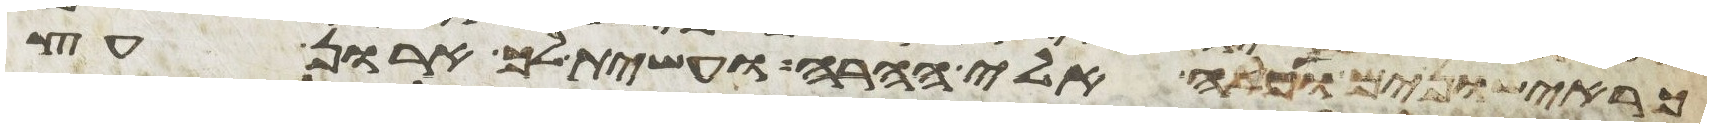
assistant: כראישונים ועלה אלי ההרה ועשית לך ארון עץ